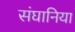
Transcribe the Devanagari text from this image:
संघानिया